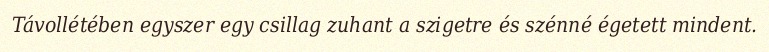
Távollétében egyszer egy csillag zuhant a szigetre és szénné égetett mindent.